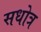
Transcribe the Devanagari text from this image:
सधोत्र